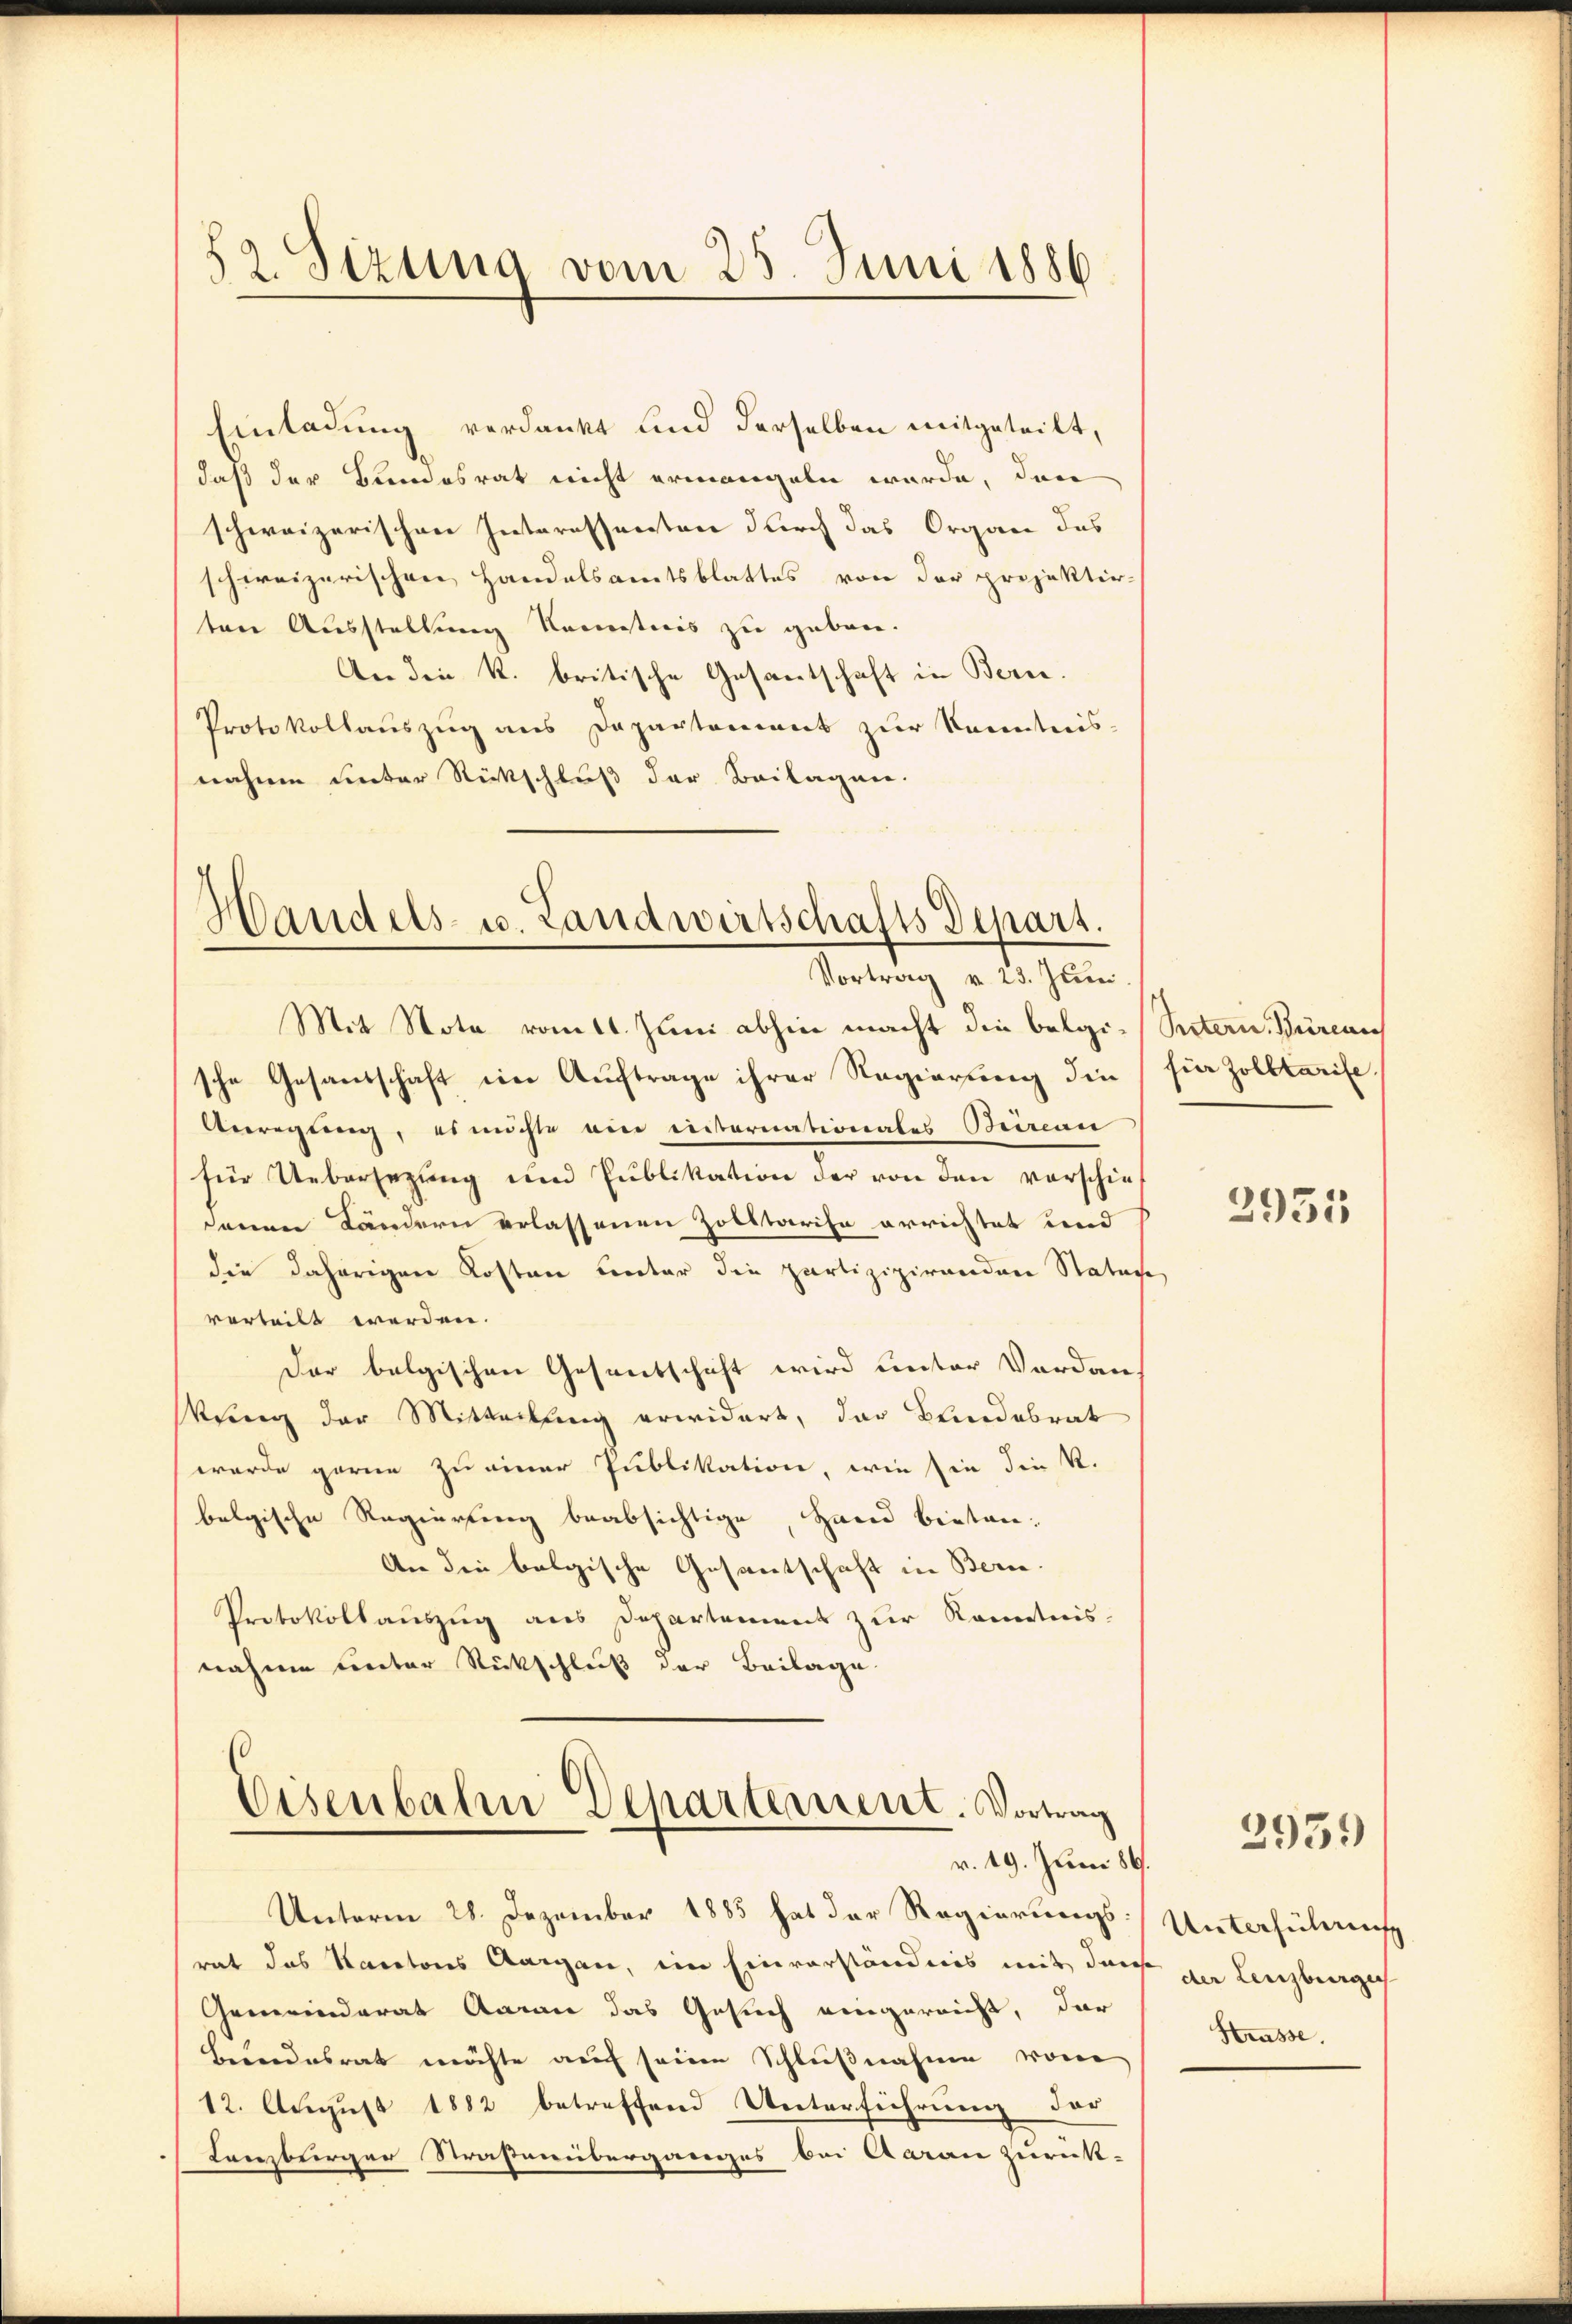
Einladung verdankt und derselben mitgeteilt,
daß der Bundesrat nicht ermangeln würde, dann
schweizerischen Interessanten durch das Organ des
schweizerischen Handelsamtsblattes von der projektirten Ausstellung kenntnis zu geben.
An die K. britische Gesantschaft in Bern.
Protokollauszug aus Departement zur Kenntnis-
nahmen unter Rückschluß der Beilagen.

82. Sizung vom 25. Juni 1886

Handels- u. Landwirtschafts Depart.
Vortrag v. 23. Juni

Mit Note vom 1. Juni abhin macht die belgi-Stern Büreau
sche Gesandschaft im Auftrage ihrer Regierung die für Zolltarife
Anregung, es möchte ein internationales Beireau
für Uebersezung und Publikation der von den vorschie-
denen Ländern erlassenen Zolltarise errichtet und
die daherigen Kosten unter die partizipirenden Statute
verteilt werden.
Der belgischen Gesandschaft wird unter Verdankung der Mittellung erwidert, das Bundebrat
wurde garne zu einer Publikation, wie sie die K.
belgische Regierung beabsichtige, Hand bieten¬
An die belgische Gesantschaft in Bern.
Protokollauszug aus Departement zur Kenntnisnahmen unter Rückschluß der Beilage.

Eisenbahn Departement. Vortrag
v. 19. Juni 186.

Unterm 28. Dezember 1883 hat der Regierungsrat das Kantons Aargau, im Einverständnis mit der zu Lenzburger
Gemeinderat Aaran das Gesuch eingereicht, dar
Beundesrat möchte auf seine Schlußnahme vom
12. August 1882 betreffend Unterführung der
Lanzburger Straßenüberganges bei Aarau zurück-

2931

Unterführung
Htrasse.

2959)